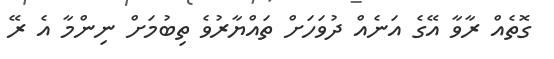
ގޮތެއް ރާވާ އޭގެ އަނެއް ދުވަހަށް ތައްޔާރުވެ ތިބުމަށް ނިންމާ އެ ރޭ